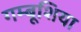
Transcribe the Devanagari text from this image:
गम्बूशिया